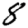
Digit: 8